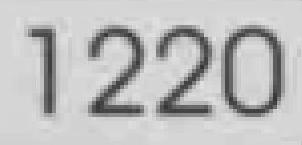
1220